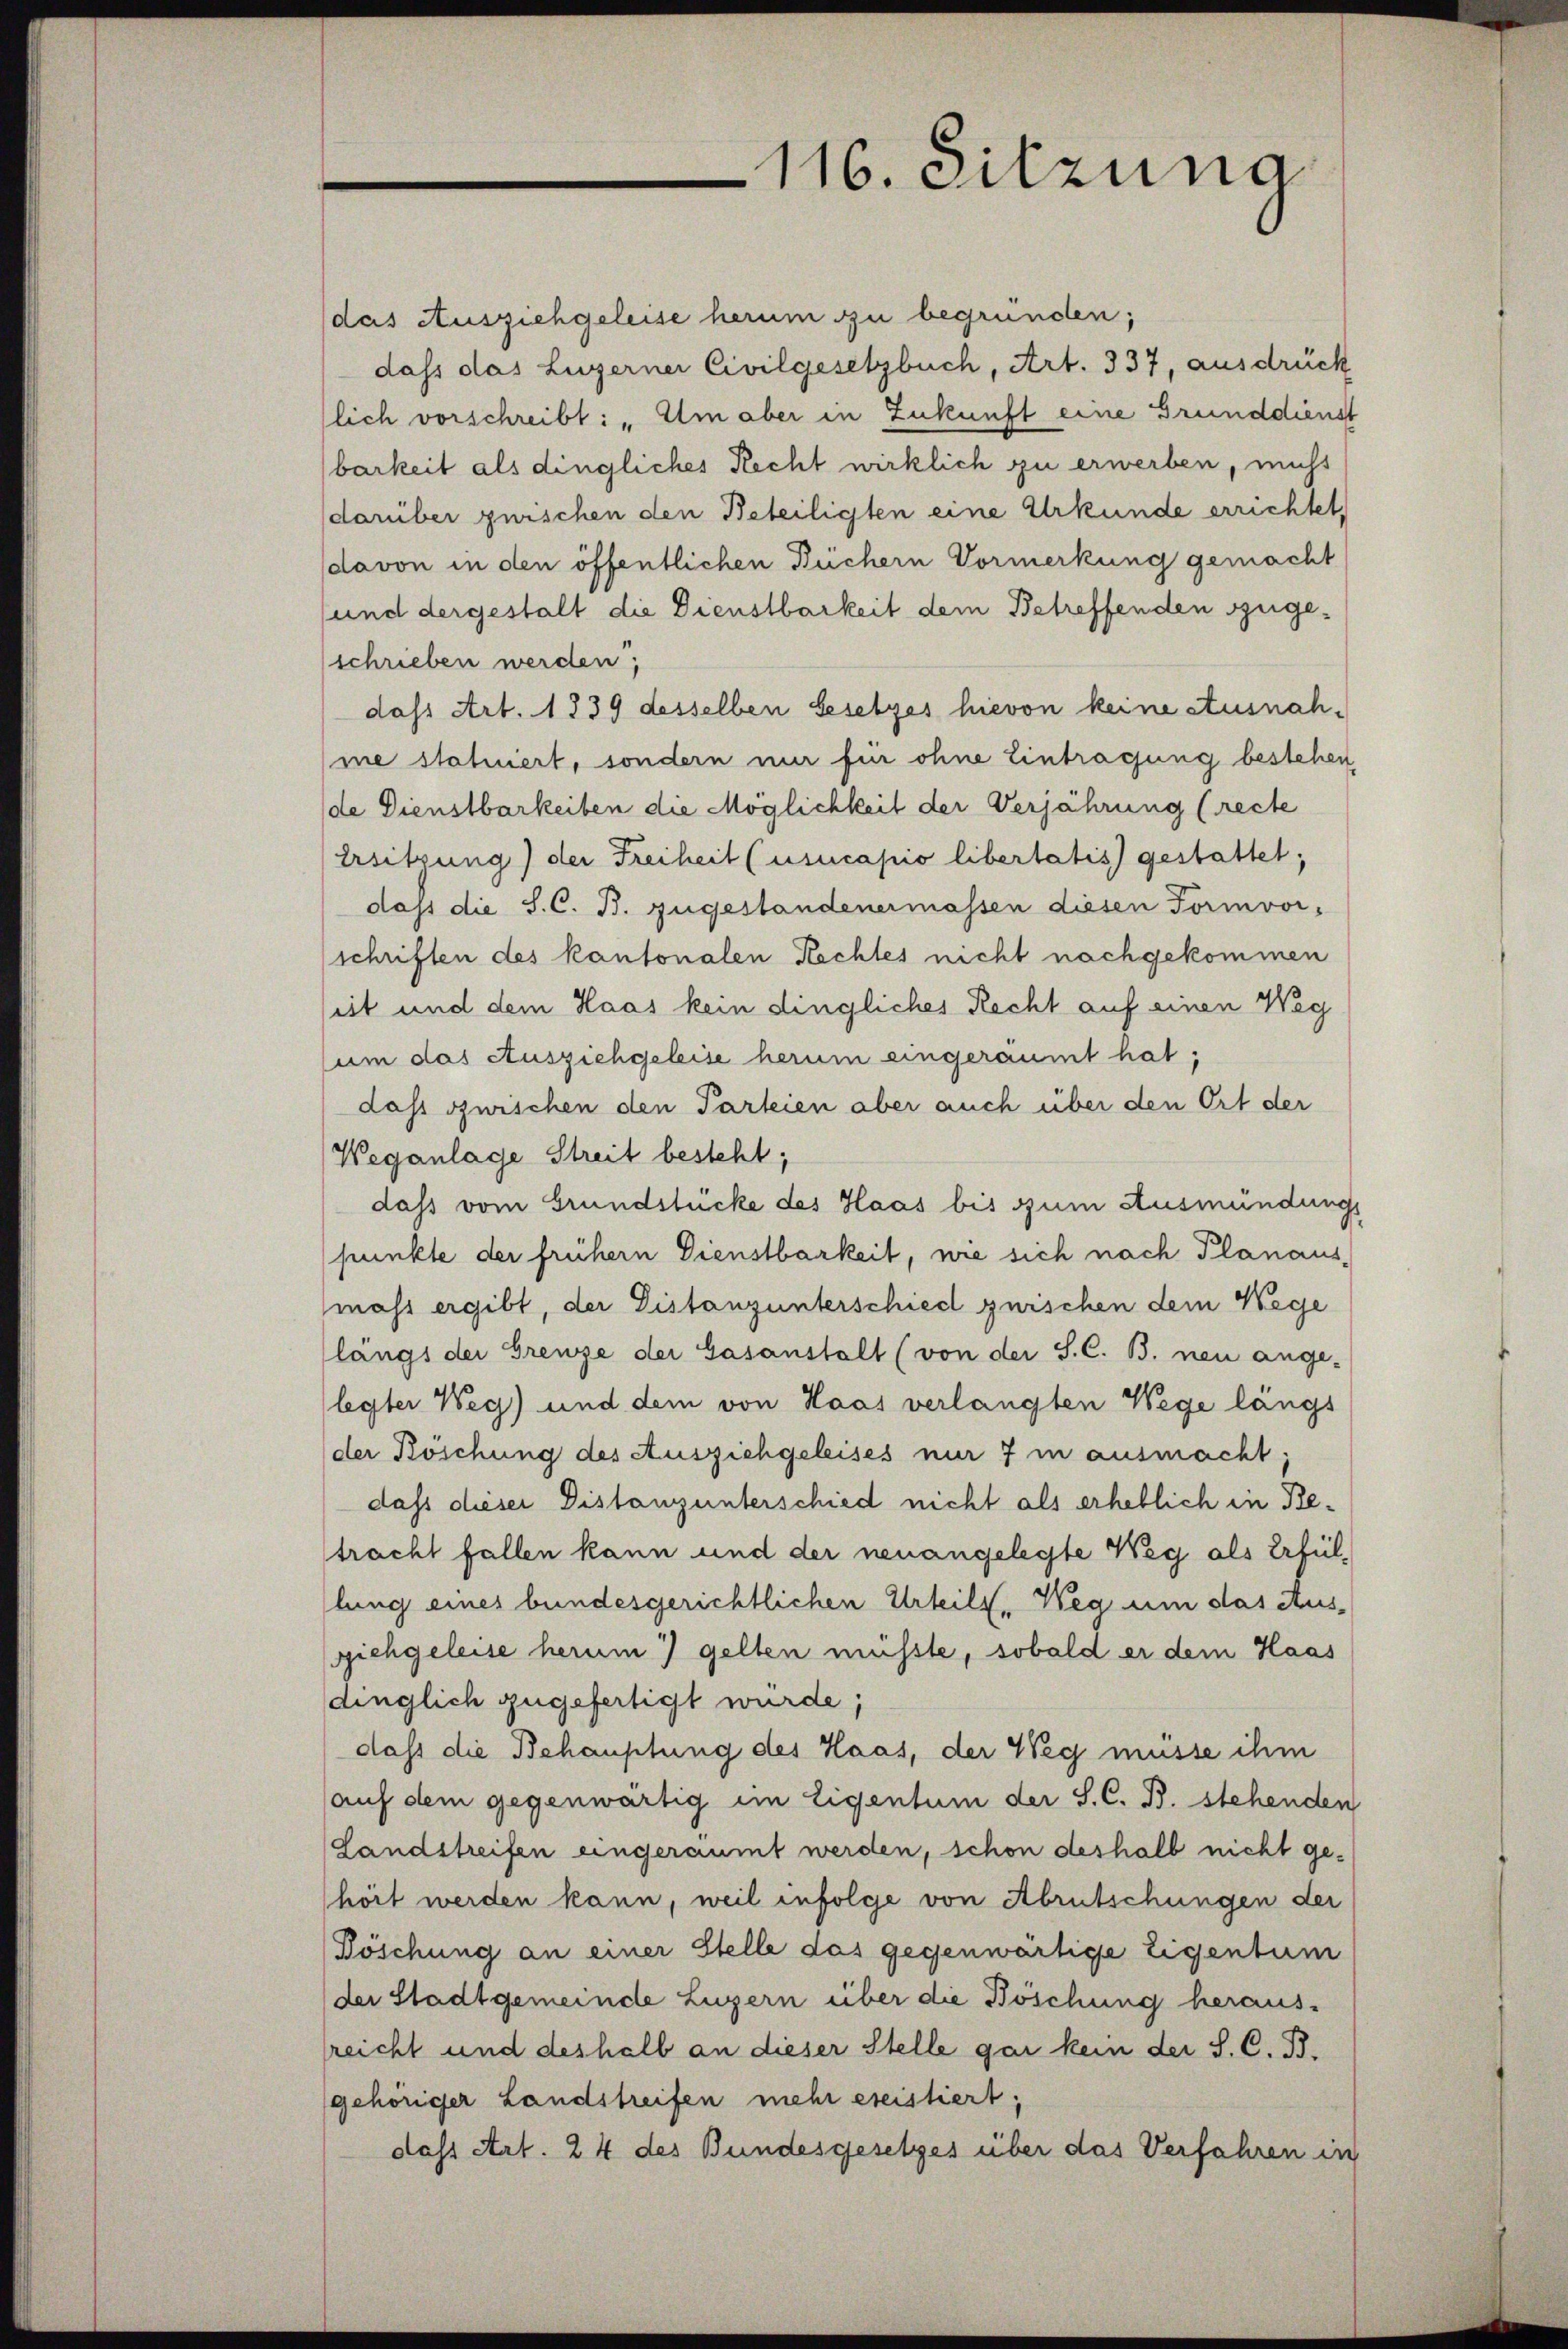
das Ausziehgeleise herum zu begründen;
dass das Luzerner Civilgesetzbuch, Art. 337, ausdrück
lich vorschreibt: „Um aber in Zukunft eine Grunddienst
barkeit als dingliches Recht wirklich zu erwerben, nicht
darüber guischen den Beteiligten eine Urkunde errichtet,
davon in den öffentlichen Büchern Vormerkung gemacht
und dergestalt die Dienstbarkeit dem Betreffenden szugeschrieben werden;
dass Art. 1839 desselben Gesetzes hievon keine stusnahme statuiert, sondern nur für ohne Eintragung bestehen
de Dienstbarkeiten die Möglichkeit der Verjährung (recte
Ersitzung) der Freiheit (usucapio libertatis gestattet;
dass die S. C. B. zugestandenermassen diesen Formvor-
schriften des kantonalen Rechtes nicht nachgekommen
seit und dem Haas kein dingliches Recht auf einen Weg
sum das Ausziehgeleise herum eingeräumt hat;
dass zwischen den Parteien aber auch über den Ort der
Weganlage Streit besteht;
dass vom Grundstücke des Haas bis zum Ausmündungs
punkte der frühern Dienstbarkeit, wie sich nach Planausmass ergibt, der Distanzunterschied zwischen dem Wege
längs der Grenze der Gasanstalt (von der S. C. B. neu ange-
legter Weg) und dem von Haas verlangten Wege längs
der Koschung des Ausziehgeleises nur 7 in ausmacht.
dass dieser Distanz unterschied nicht als erheblich in Retracht fallen kann und der neuangelegte Weg als Erfüllung eines bundesgerichtlichen Urteils. Weg um das Ausgichgeleise herum gelten müsste, sobald er dem Haas
dinglich zugefertigt wurde;
dass die Behauptung des Haas, der Weg müsse ihm
auf dem gegenwärtig im Eigentum der S. C. B. stehenden
Landstreifen eingeräumt werden, schon deshalb nicht gehört werden kann, weil infolge von Abrutschungen der
Böschung an einer Stelle das gegenwärtige Eigentum
der Stadtgemeinde Luzern über die Böschung heraus-
lreicht und deshalb an dieser Stelle gar kein der S. C. B.
gehöriger Landstreifen mehr ereistiert,
dass Art. 24 des Bundesgesetzes über das Verfahren in

116. Sitzung